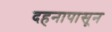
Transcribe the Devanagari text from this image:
दहनापासून